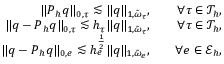
\begin{array} { r l r } { \| \boldsymbol { P } _ { h } \boldsymbol { q } \| _ { 0 , \tau } \lesssim \| \boldsymbol { q } \| _ { 1 , \tilde { \omega } _ { \tau } } , } & { } & { \forall \tau \in \mathcal { T } _ { h } , } \\ { \| \boldsymbol { q } - \boldsymbol { P } _ { h } \boldsymbol { q } \| _ { 0 , \tau } \lesssim h _ { \tau } \| \boldsymbol { q } \| _ { 1 , \tilde { \omega } _ { \tau } } , } & { } & { \forall \tau \in \mathcal { T } _ { h } , } \\ { \| \boldsymbol { q } - \boldsymbol { P } _ { h } \boldsymbol { q } \| _ { 0 , e } \lesssim h _ { e } ^ { \frac { 1 } { 2 } } \| \boldsymbol { q } \| _ { 1 , \tilde { \omega } _ { e } } , } & { } & { \forall e \in \mathcal { E } _ { h } , } \end{array}